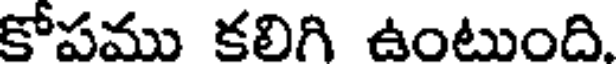
కోపము కలిగి ఉంటుంది.